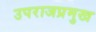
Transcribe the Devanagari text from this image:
उपराजप्रमुख